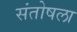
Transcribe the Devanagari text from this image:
संतोषला